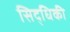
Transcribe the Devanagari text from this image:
सिद्धिकी